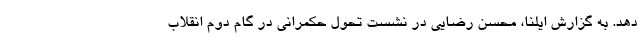
دهد. به گزارش ایلنا، محسن رضایی در نشست تحول حکمرانی در گام دوم انقلاب